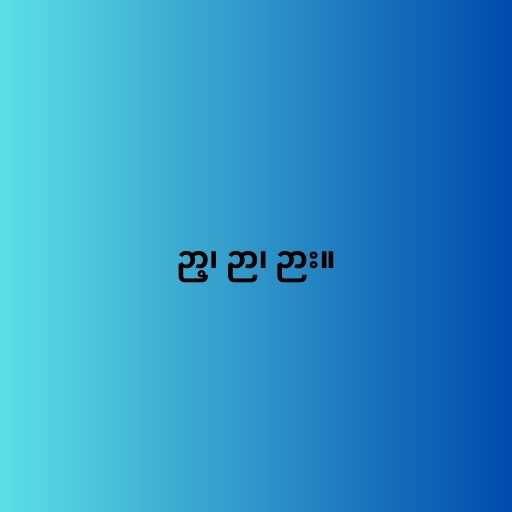
ဉာ့၊ ဉာ၊ ဉား။